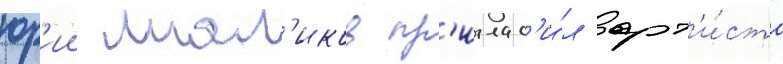
юр'ии мал'иков пр'иглас'и́л арт'и́ста